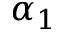
\alpha _ { 1 }